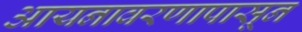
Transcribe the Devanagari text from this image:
आयनावरणापासून